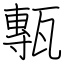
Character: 甎